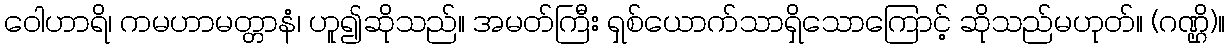
ဝေါဟာရိ၊ ကမဟာမတ္တာနံ၊ ဟူ၍ဆိုသည်။ အမတ်ကြီး ရှစ်ယောက်သာရှိသောကြောင့် ဆိုသည်မဟုတ်။ (ဂဏ္ဌိ)။